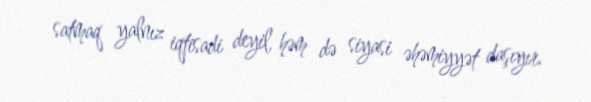
satmaq yalnız iqtisadi deyil, həm də siyasi əhəmiyyət daşıyır.